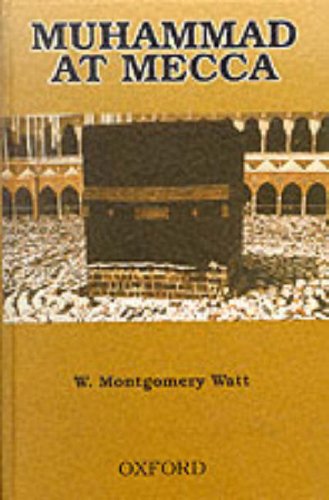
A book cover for Muhammad at Mecca; W. Montgomery Watt; Religion & Spirituality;